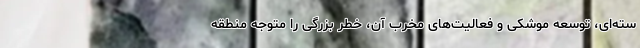
سته‌ای، توسعه موشکی و فعالیت‌های مخرب آن، خطر بزرگی را متوجه منطقه